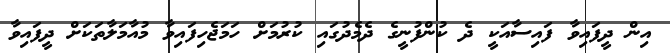
އިން ދީފައިވާ ފައިސާއަކީ ދެ ކުންފުނީގެ ދެމެދުގައި ކުރުމަށް ހަމަޖެހިފައިވާ މުއާމަލާތަކަށް ދީފައިވާ